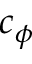
c _ { \phi }